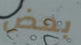
بعض